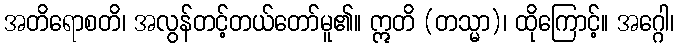
အတိရောစတိ၊ အလွန်တင့်တယ်တော်မူ၏။ ဣတိ (တသ္မာ)၊ ထိုကြောင့်။ အဂ္ဂေါ၊